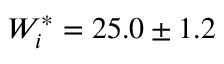
W _ { i } ^ { * } = 2 5 . 0 \pm 1 . 2